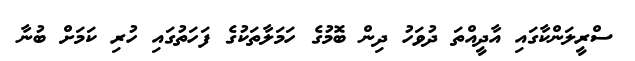
ސްރީލަންކާގައި އާދީއްތަ ދުވަހު ދިން ބޮމުގެ ހަމަލާތަކުގެ ފަހަތުގައި ހުރި ކަމަށް ބުނާ